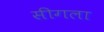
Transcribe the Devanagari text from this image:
सीगला